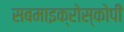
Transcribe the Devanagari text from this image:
सबमाइक्रोस्कोपी